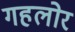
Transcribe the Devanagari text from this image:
गहलोर